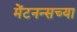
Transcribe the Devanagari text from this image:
मेंटनन्सच्या